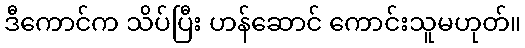
ဒီကောင်က သိပ်ပြီး ဟန်ဆောင် ကောင်းသူမဟုတ်။